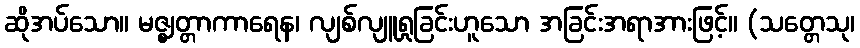
ဆိုအပ်သော။ မဇ္ဈတ္တာကာရေန၊ လျစ်လျူရှုခြင်းဟူသော အခြင်းအရာအားဖြင့်။ (သတ္တေသု၊